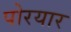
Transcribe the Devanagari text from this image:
पोरयार